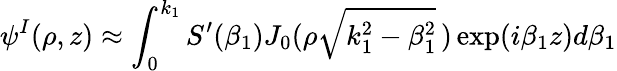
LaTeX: \psi^{I}(\rho,z)\approx\int_{0}^{k_{1}}S^{\prime}(\beta_{1})J_{0}(\rho\sqrt{k_{1}^{2}-\beta_{1}^{2}}\, )\exp(i\beta_{1}z)d\beta_{1}